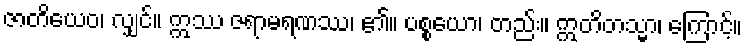
ဇာတိယေဝ၊ လျှင်။ ဣဿ ဇရာမရဏဿ၊ ၏။ ပစ္စယော၊ တည်း။ ဣတိတသ္မာ၊ ကြောင့်။